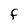
Character: F